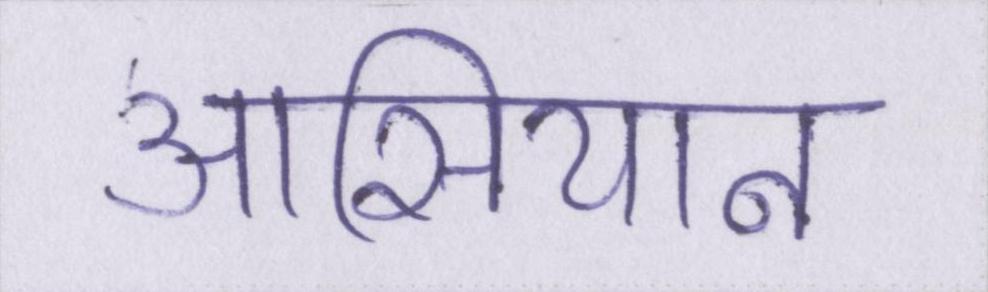
आसियान